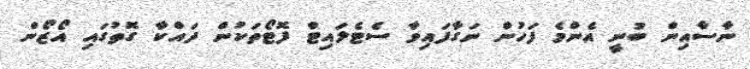
ނާސާއިން ބުނީ އެންމެ ފަހުން ނަގާފައިވާ ސެޓެލައިޓް ފޮޓޯތަކުން ދައްކާ ގޮތުގައި އޯޒޯން